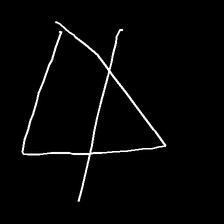
Glyph: empower